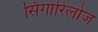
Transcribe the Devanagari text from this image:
सिगारिलोज